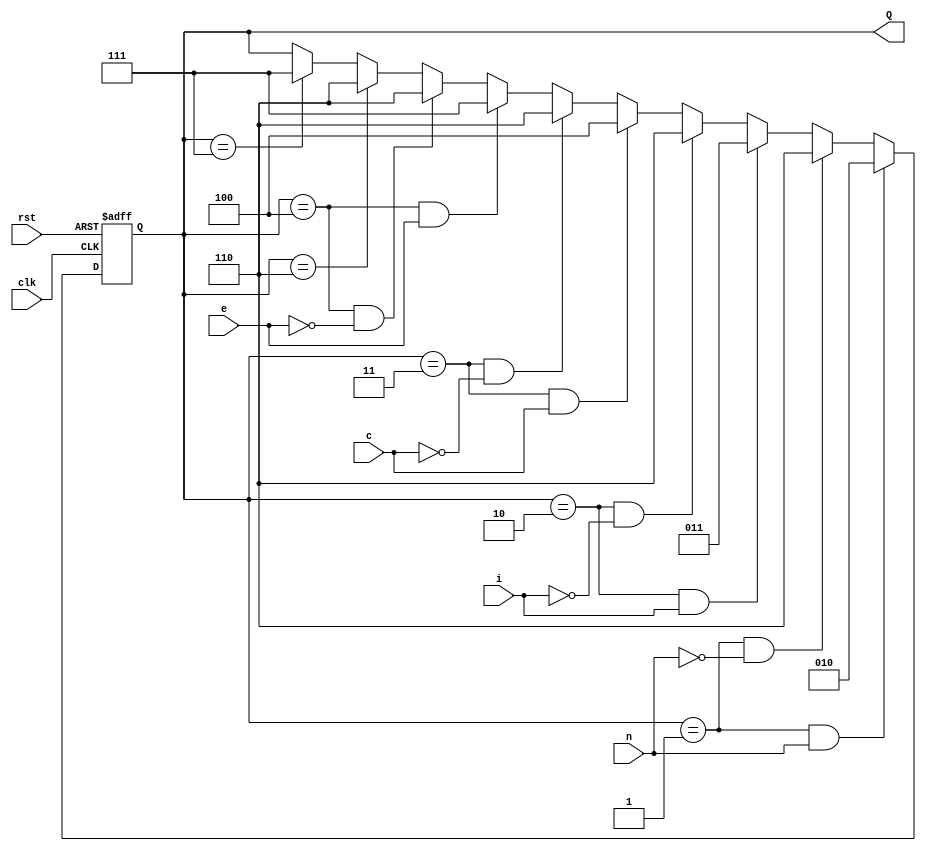
module part_two (n,i,c,e,Q, clk, rst);
	input wire n,i,c,e;
	input wire clk,rst;
	output wire [2:0]Q;
	
	reg [2:0]state=1;
	
	assign Q=state;
	
	always @ (posedge clk or negedge rst)
		if (~rst)begin
			state = 1; end
		else if (state == 1 && n)begin
			state = 2; end
		else if (state == 1 && ~n)begin
			state = 6; end
		else if (state == 2 && i)begin
			state = 3; end
		else if (state == 2 && ~i)begin
			state = 6; end
		else if (state == 3 && c)begin
			state = 4; end
		else if (state == 3 && ~c)begin
			state = 6; end
		else if (state == 4 && e)begin
			state = 7; end
		else if (state == 4 && ~e)begin
			state = 6; end
		else if (state == 6)begin
			state = 6; end
		else if (state == 7)begin
			state = 7; end
endmodule